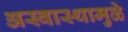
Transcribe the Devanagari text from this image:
अस्वास्थामुळे